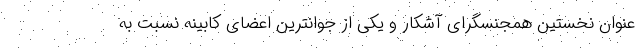
عنوان نخستین همجنسگرای آشکار و یکی از جوانترین اعضای کابینه نسبت به